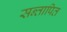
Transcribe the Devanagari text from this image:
सन्तापित